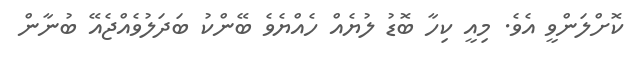
ކޮށްލަންވީ އެވެ. މިއީ ކިހާ ބޮޑު ލުޔެއް ހެއްޔެވެ ބޭންކު ބަދަލުވެއްޖެއޭ ބުނާން